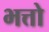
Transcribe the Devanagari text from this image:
भत्तो